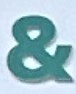
&